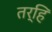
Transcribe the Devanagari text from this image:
तर्हि